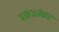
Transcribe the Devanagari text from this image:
सहजांकन